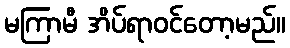
မကြာမီ အိပ်ရာဝင်တော့မည်။